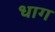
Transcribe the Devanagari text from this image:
धाग